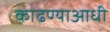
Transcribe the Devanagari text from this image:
काढण्याआधी